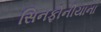
સિનફોનીયાના